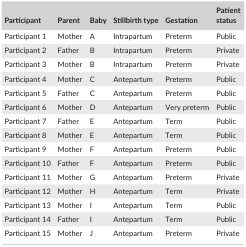
<table><thead><tr><td><b>Participant</b></td><td><b>Parent</b></td><td><b>Baby</b></td><td><b>Stillbirth type</b></td><td><b>Gestation</b></td><td><b>Patient status</b></td></tr></thead><tbody><tr><td>Participant 1</td><td>Mother</td><td>A</td><td>Intrapartum</td><td>Preterm</td><td>Public</td></tr><tr><td>Participant 2</td><td>Father</td><td>B</td><td>Intrapartum</td><td>Preterm</td><td>Private</td></tr><tr><td>Participant 3</td><td>Mother</td><td>B</td><td>Intrapartum</td><td>Preterm</td><td>Private</td></tr><tr><td>Participant 4</td><td>Mother</td><td>C</td><td>Antepartum</td><td>Preterm</td><td>Public</td></tr><tr><td>Participant 5</td><td>Father</td><td>C</td><td>Antepartum</td><td>Preterm</td><td>Public</td></tr><tr><td>Participant 6</td><td>Mother</td><td>D</td><td>Antepartum</td><td>Very preterm</td><td>Public</td></tr><tr><td>Participant 7</td><td>Father</td><td>E</td><td>Antepartum</td><td>Term</td><td>Public</td></tr><tr><td>Participant 8</td><td>Mother</td><td>E</td><td>Antepartum</td><td>Term</td><td>Public</td></tr><tr><td>Participant 9</td><td>Mother</td><td>F</td><td>Antepartum</td><td>Preterm</td><td>Public</td></tr><tr><td>Participant 10</td><td>Father</td><td>F</td><td>Antepartum</td><td>Preterm</td><td>Public</td></tr><tr><td>Participant 11</td><td>Mother</td><td>G</td><td>Antepartum</td><td>Preterm</td><td>Private</td></tr><tr><td>Participant 12</td><td>Mother</td><td>H</td><td>Antepartum</td><td>Term</td><td>Private</td></tr><tr><td>Participant 13</td><td>Mother</td><td>I</td><td>Antepartum</td><td>Term</td><td>Public</td></tr><tr><td>Participant 14</td><td>Father</td><td>I</td><td>Antepartum</td><td>Term</td><td>Public</td></tr><tr><td>Participant 15</td><td>Mother</td><td>J</td><td>Antepartum</td><td>Preterm</td><td>Private</td></tr></tbody></table>